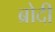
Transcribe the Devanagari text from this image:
ब्रोदी